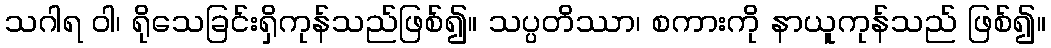
သဂါရ ဝါ၊ ရိုသေခြင်းရှိကုန်သည်ဖြစ်၍။ သပ္ပတိဿာ၊ စကားကို နာယူကုန်သည် ဖြစ်၍။